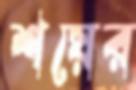
শয়ের